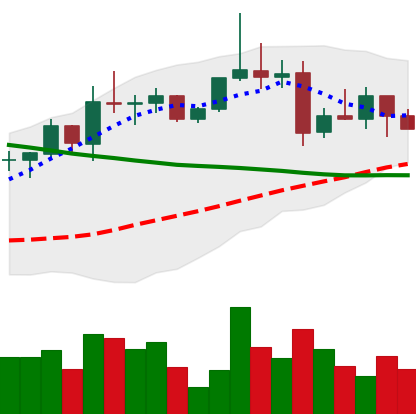
Ticker: XRP-USD
Chart end date: 2022-04-05
Forward return: -7.464%
Label: down_7plus